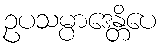
ဥပသမ္ပာဒေန္တိပေ